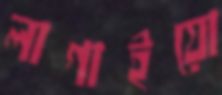
লাগাইয়ো